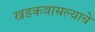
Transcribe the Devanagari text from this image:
खडकवासल्याचे